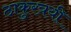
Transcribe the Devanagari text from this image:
ठाकुरत्रयी